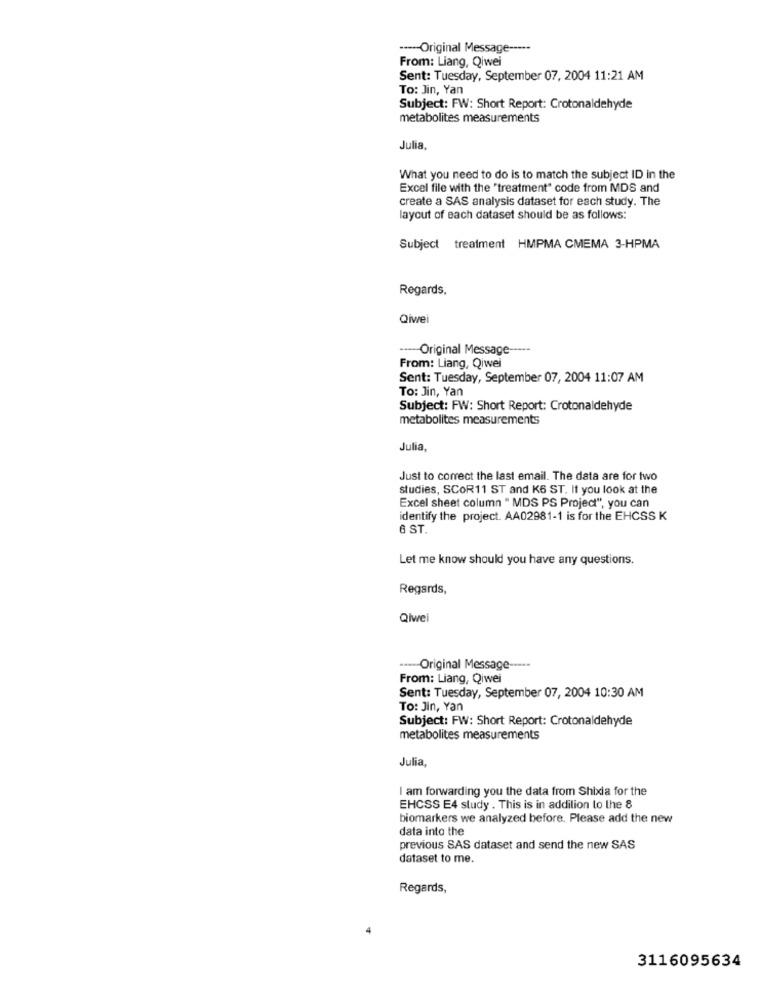
----- Original Message ----
From: Liang, Qiwei
Sent: Tuesday, September 07, 2004 11:21 AM
To: Jin, Yan
Subject: FW: Short Report: Crotonaldehyde
metabolites measurements
Julia,
What you need to do is to match the subject ID in the
Excel file with the "treatment" code from MDS and
create a SAS analysis dataset for each study. The
layout of each dataset should be as follows:
Subject treatment HMPMA CMEMA 3-HPMA
Regards,
Qiwei
--- Original Message -----
From: Liang, Qiwei
Sent: Tuesday, September 07, 2004 11:07 AM
To: Jin, Yan
Subject: FW: Short Report: Crotonaldehyde
metabolites measurements
Julia
Just to correct the last email. The data are for two
studies, SCOR11 ST and K6 ST. It you look at the
Excel sheet column " MDS PS Project", you can
identify the project. AA02981-1 is for the EHCSS K
6 ST.
Let me know should you have any questions.
Regards,
Qiwei
----- Original Message -----
From: Liang, Qiwei
Sent: Tuesday, September 07, 2004 10:30 AM
To: Jin, Yan
Subject: FW: Short Report: Crotonaldehyde
metabolites measurements
Julia
I am forwarding you the data from Shixia for the
EHCSS E4 study . This is in addition to the 8
biomarkers we analyzed before. Please add the new
data into the
previous SAS dataset and send the new SAS
dataset to me.
Regards,
3116095634